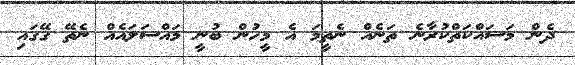
ދެން މަސައްކަތްކުރާނެ ތަނެއް ނެތީމަ އެ މީހުން ބުނީ މައްސަލައެއް ނެތޭ ގޭގައި